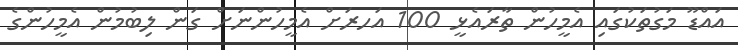
އައްޑޫ މަގުތަކުގައި އެމީހުން ތާރައެޅީ 100 އަހރަށް އެމީހުންނަށް ގަން ލިބުމުން އެމީހުންގެ